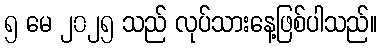
၅ မေ ၂၀၂၅ သည် လုပ်သားနေ့ဖြစ်ပါသည်။